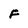
Character: F